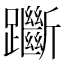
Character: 𨇰